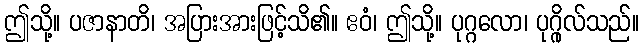
ဤသို့။ ပဇာနာတိ၊ အပြားအားဖြင့်သိ၏။ ဧဝံ၊ ဤသို့။ ပုဂ္ဂလော၊ ပုဂ္ဂိုလ်သည်။